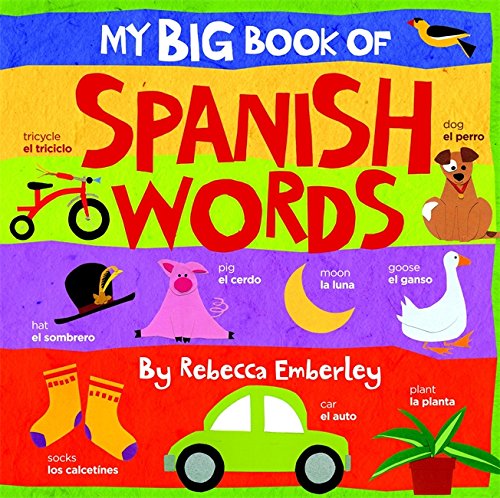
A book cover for My Big Book of Spanish Words; Rebecca Emberley; Children's Books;